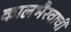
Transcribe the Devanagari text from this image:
कालभैरवाची